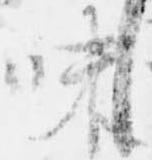
味